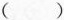
( )